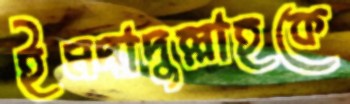
ইমদাদুল্লাহকে